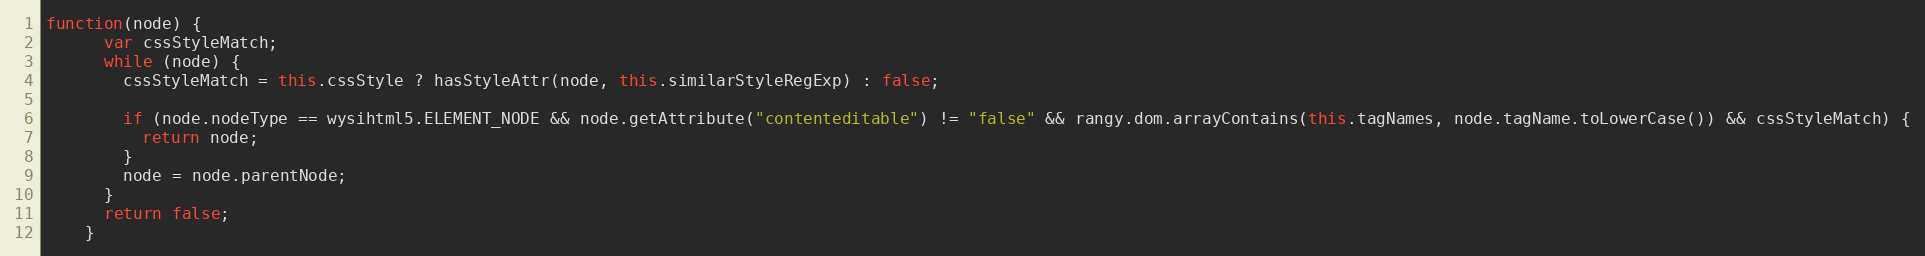
Language: JavaScript
function(node) {
      var cssStyleMatch;
      while (node) {
        cssStyleMatch = this.cssStyle ? hasStyleAttr(node, this.similarStyleRegExp) : false;

        if (node.nodeType == wysihtml5.ELEMENT_NODE && node.getAttribute("contenteditable") != "false" && rangy.dom.arrayContains(this.tagNames, node.tagName.toLowerCase()) && cssStyleMatch) {
          return node;
        }
        node = node.parentNode;
      }
      return false;
    }